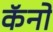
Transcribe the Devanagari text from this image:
कॅनो